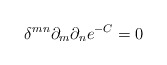
\begin{align*} \delta^{mn}\partial_{m}\partial_{n}e^{-C}=0\end{align*}